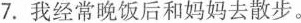
7.我经常晚饭后和妈妈去散步。